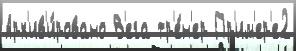
Арх'ив'и́ровано В'ега тр'е́н'ер Пр'им'ер'е2